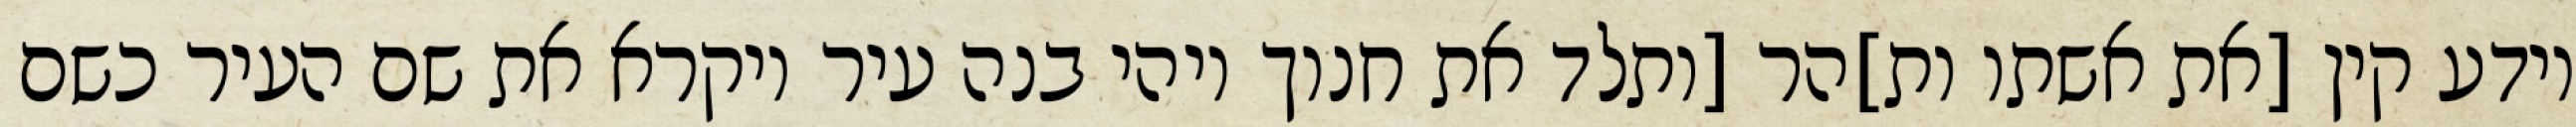
וידע קין [את אשתו ות]הר [ותלד את חנוך ויהי בנה עיר ויקרא את שם העיר כשם